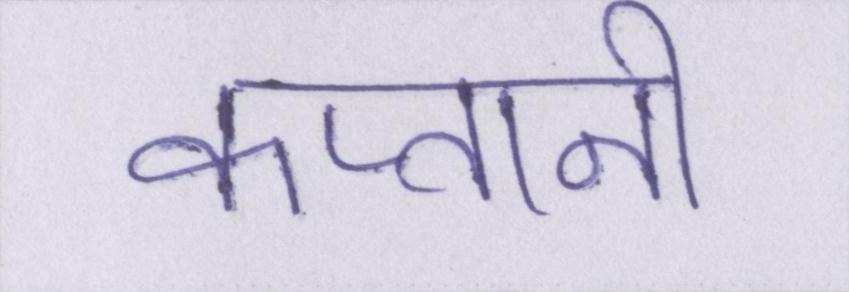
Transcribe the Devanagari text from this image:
कप्तानी